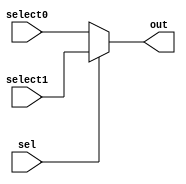
`timescale 1ns / 1ps

////////////////////////////////////////////////////////////////////////////////
// ECE369 - Computer Architecture
//Percentages
//Mason: 33%
//Alex: 33%
// Ali: 33%
// Module - Mux32Bit2To1.v
// Description - Performs signal multiplexing between 2 32-Bit words.
////////////////////////////////////////////////////////////////////////////////
module Mux32Bit2To1(
    output reg [31:0] out,
    input [31:0] select0,
    input [31:0] select1,
    input sel
    );
    
    always @(*) begin
        if(sel == 0)
            out <= select0;
        else
            out <= select1;
    end
endmodule

module Mux5Bit2To1(
    output reg [4:0] out,
    input [4:0] select0,
    input [4:0] select1,
    input sel
    );
    
    always @(*) begin
        if(sel == 0)
            out <= select0;
        else
            out <= select1;
    end
endmodule

module Mux32And5Bit2To1(
    input sel,
    input [31:0] select0,
    input [4:0] select1,
    output reg [31:0] out
    );
    
    always @(*) begin
        out <= select0;
        if(sel == 0) begin
            out <= select0;
            end
        else if (sel == 1) begin
            out <= {27'b0, select1};
            end
        
    end
endmodule

module Mux32Bit3To1(
    input [1:0] sel,
    input [31:0] select0,
    input [31:0] select1,
    input [31:0] select2,
    output reg [31:0] out
    );
    
    always @(*) begin
        out <= select0;
        if(sel == 2'd0) begin
            out <= select0;
            end
        else if (sel == 2'd1) begin
            out <= select1;
            end
        else if (sel == 2'd2) begin
            out <= select2;
            end
        
    end
endmodule